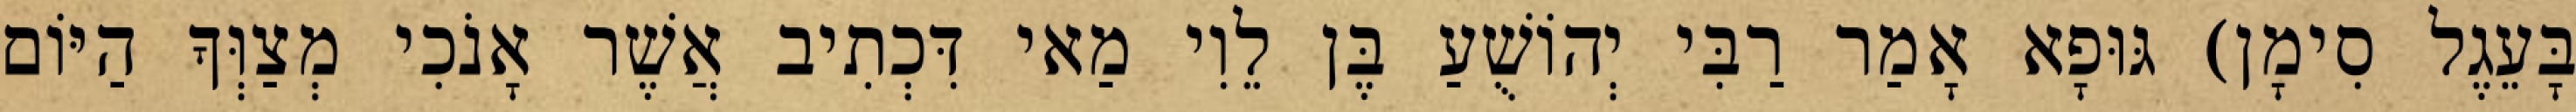
בָּעֵגֶל סִימָן) גּוּפָא אָמַר רַבִּי יְהוֹשֻׁעַ בֶּן לֵוִי מַאי דִּכְתִיב אֲשֶׁר אָנֹכִי מְצַוְּךָ הַיּוֹם